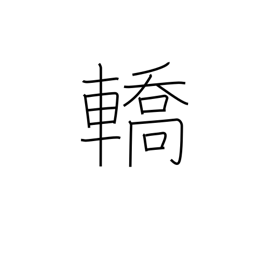
Meaning: litter